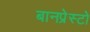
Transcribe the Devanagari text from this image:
बानप्रेस्टो